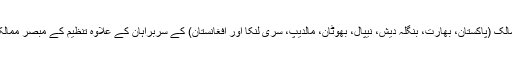
اجلاس میں تنظیم کے تمام آٹھ رکن ممالک (پاکستان، بھارت، بنگلہ دیش، نیپال، بھوٹان، مالدیپ، سری لنکا اور افغانستان) کے سربراہان کے علاوہ تنظیم کے مبصر ممالک کے وفود بھی شرکت کرر ہے ہیں۔